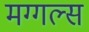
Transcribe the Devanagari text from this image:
मग्गल्स